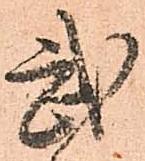
武